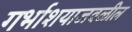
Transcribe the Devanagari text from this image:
गर्भाशयाजवळील